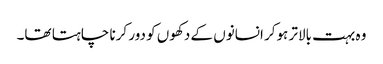
وہ بہت بالاتر ہوکر انسانوں کے دکھوں کو دور کرنا چاہتا تھا۔